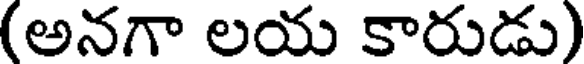
(అనగా లయ కారుడు)